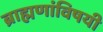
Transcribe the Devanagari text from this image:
ब्राह्मणांविषयी